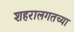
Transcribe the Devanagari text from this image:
शहरालगतच्या